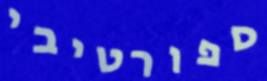
ספורטיבי